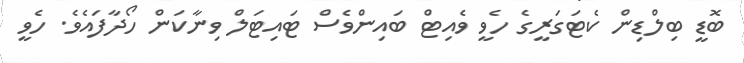
ބޮޑީ ބިލްޑިން ކެޓަގަރީގެ ހެވީ ވެއިޓް ބައިންވެސް ޓައިޓަލް ވިނާކަން ހޯދާފައެވެ. ހެވީ